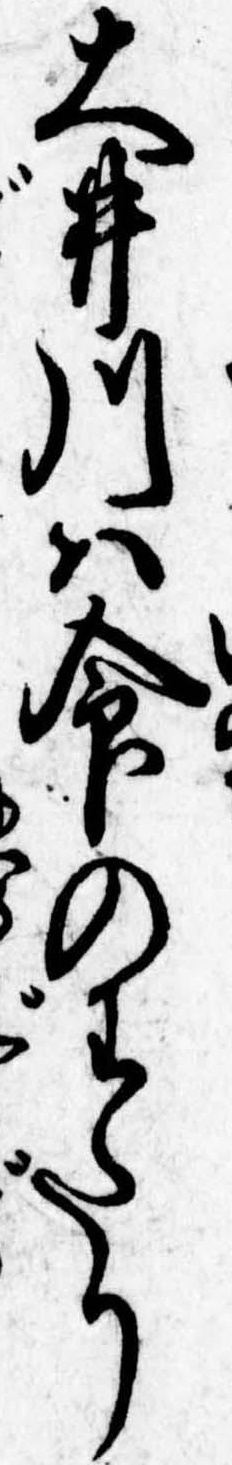
大井川は命のわたり